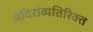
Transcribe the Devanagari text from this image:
मंदिरांव्यतिरिक्त